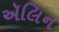
ઍલિન